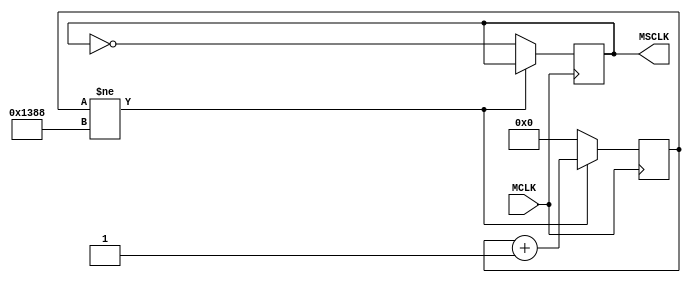
module CLK_DIV(input MCLK, output reg MSCLK = 13'd1);
	reg [12:0] cnt = 13'd0;
	always@(posedge MCLK) begin
		
		if(cnt != 13'd5000) cnt <= cnt + 1;
		else begin
			cnt <= 0;
			MSCLK <= ~ MSCLK;
		end
	end
endmodule